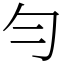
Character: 勻